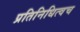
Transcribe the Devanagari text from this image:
प्रतिनिधित्वच